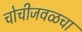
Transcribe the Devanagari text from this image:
चोचीजवळचा